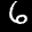
Label: 6